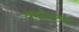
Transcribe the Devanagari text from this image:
धर्मांतरवर